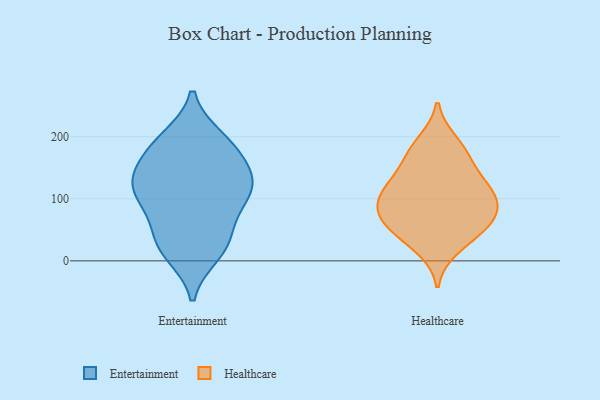
{"axis": {"x": "Operating Costs (USD K)", "y": "Value"}, "legend": ["Entertainment", "Healthcare"], "data": [{"x": "", "y": 116, "type": "Entertainment"}, {"x": "", "y": 25, "type": "Entertainment"}, {"x": "", "y": 111, "type": "Entertainment"}, {"x": "", "y": 190, "type": "Entertainment"}, {"x": "", "y": 25, "type": "Entertainment"}, {"x": "", "y": 78, "type": "Entertainment"}, {"x": "", "y": 133, "type": "Entertainment"}, {"x": "", "y": 112, "type": "Entertainment"}, {"x": "", "y": 110, "type": "Entertainment"}, {"x": "", "y": 12, "type": "Entertainment"}, {"x": "", "y": 161, "type": "Entertainment"}, {"x": "", "y": 144, "type": "Entertainment"}, {"x": "", "y": 48, "type": "Entertainment"}, {"x": "", "y": 185, "type": "Entertainment"}, {"x": "", "y": 197, "type": "Entertainment"}, {"x": "", "y": 127, "type": "Healthcare"}, {"x": "", "y": 107, "type": "Healthcare"}, {"x": "", "y": 58, "type": "Healthcare"}, {"x": "", "y": 162, "type": "Healthcare"}, {"x": "", "y": 191, "type": "Healthcare"}, {"x": "", "y": 106, "type": "Healthcare"}, {"x": "", "y": 175, "type": "Healthcare"}, {"x": "", "y": 48, "type": "Healthcare"}, {"x": "", "y": 21, "type": "Healthcare"}, {"x": "", "y": 93, "type": "Healthcare"}, {"x": "", "y": 126, "type": "Healthcare"}, {"x": "", "y": 79, "type": "Healthcare"}, {"x": "", "y": 53, "type": "Healthcare"}, {"x": "", "y": 79, "type": "Healthcare"}]}